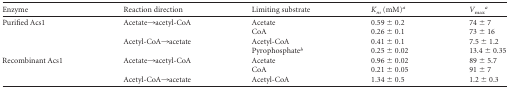
| Enzyme | Reaction direction | Limiting substrate | Km (mM)a | Vmaxa |
 | --- | --- | --- | --- | --- |
 | Purified Acs1 | Acetate→acetyl-CoA | Acetate | 0.59 ± 0.2 | 74 ± 7 |
 |  |  | CoA | 0.26 ± 0.1 | 73 ± 16 |
 |  | Acetyl-CoA→acetate | Acetyl-CoA | 0.41 ± 0.1 | 7.5 ± 1.2 |
 |  |  | Pyrophosphateb | 0.25 ± 0.02 | 13.4 ± 0.35 |
 | Recombinant Acs1 | Acetate→acetyl-CoA | Acetate | 0.96 ± 0.02 | 89 ± 5.7 |
 |  |  | CoA | 0.21 ± 0.05 | 91 ± 7 |
 |  | Acetyl-CoA→acetate | Acetyl-CoA | 1.34 ± 0.5 | 1.2 ± 0.3 |